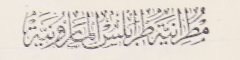
مطرانية طرابلس المارونية